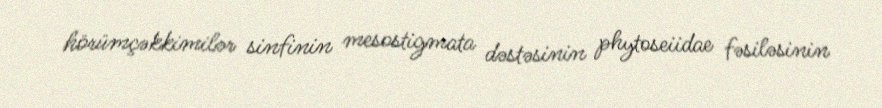
hörümçəkkimilər sinfinin mesostigmata dəstəsinin phytoseiidae fəsiləsinin